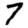
Digit: 7